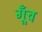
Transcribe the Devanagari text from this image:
गूँच